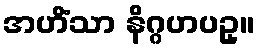
အဟိံသာ နိဂ္ဂဟပဥှ။